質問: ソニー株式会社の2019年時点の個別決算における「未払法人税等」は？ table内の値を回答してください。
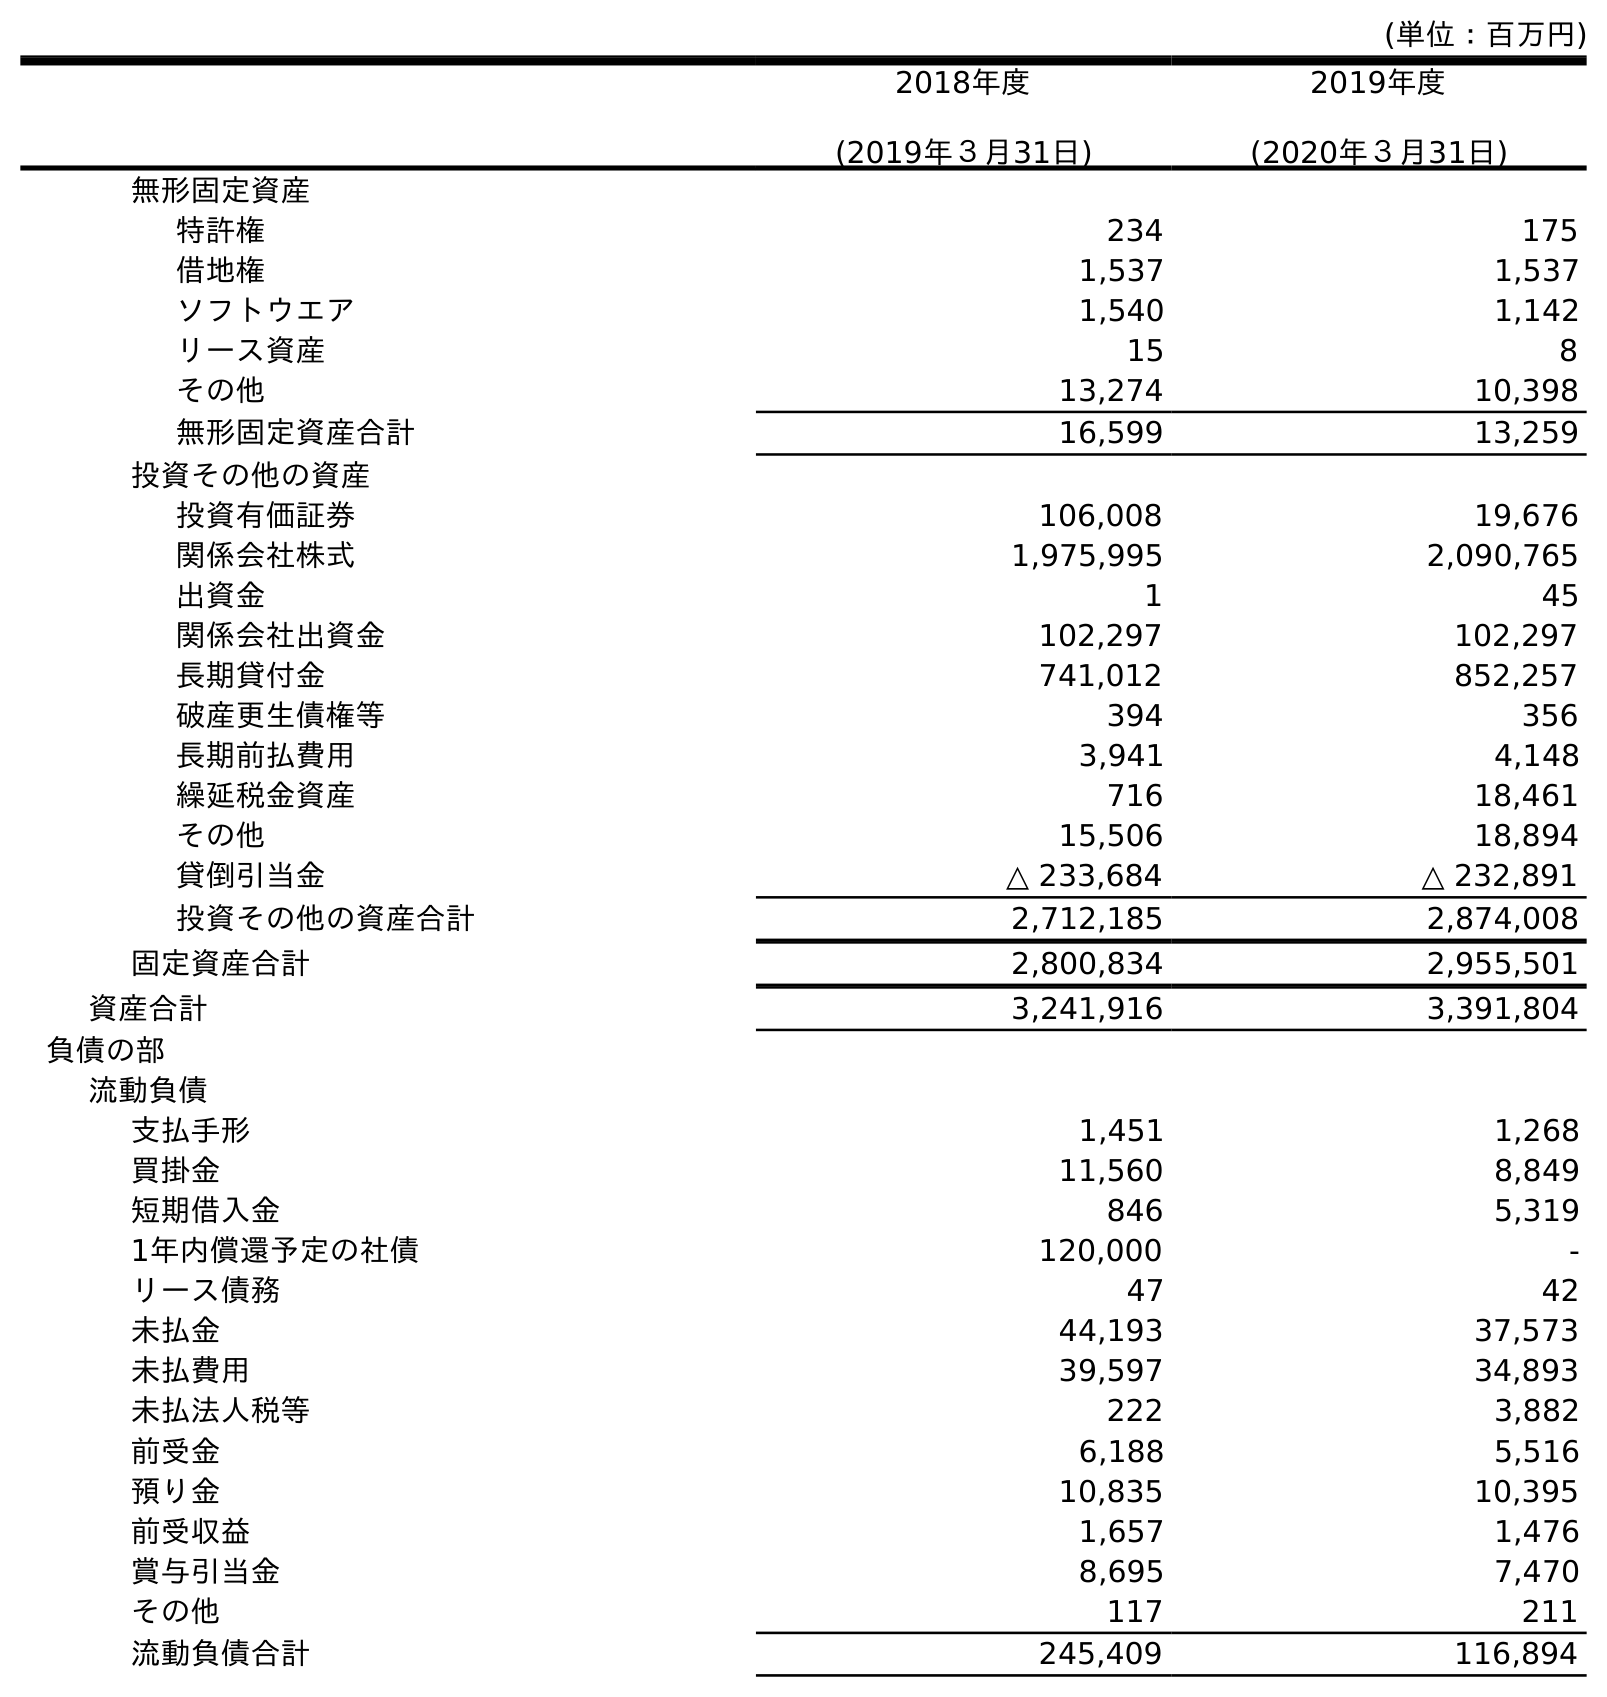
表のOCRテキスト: (単位：百万円) 2018年度 (2019年３月31日) 2019年度 (2020年３月31日) 無形固定資産 特許権 234 175 借地権 1,537 1,537 ソフトウエア 1,540 1,142 リース資産 15 8 その他 13,274 10,398 無形固定資産合計 16,599 13,259 投資その他の資産 投資有価証券 106,008 19,676 関係会社株式 1,975,995 2,090,765 出資金 1 45 関係会社出資金 102,297 102,297 長期貸付金 741,012 852,257 破産更生債権等 394 356 長期前払費用 3,941 4,148 繰延税金資産 716 18,461 その他 15,506 18,894 貸倒引当金 △ 233,684 △ 232,891 投資その他の資産合計 2,712,185 2,874,008 固定資産合計 2,800,834 2,955,501 資産合計 3,241,916 3,391,804 負債の部 流動負債 支払手形 1,451 1,268 買掛金 11,560 8,849 短期借入金 846 5,319 1年内償還予定の社債 120,000 - リース債務 47 42 未払金 44,193 37,573 未払費用 39,597 34,893 未払法人税等 222 3,882 前受金 6,188 5,516 預り金 10,835 10,395 前受収益 1,657 1,476 賞与引当金 8,695 7,470 その他 117 211 流動負債合計 245,409 116,894
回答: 222